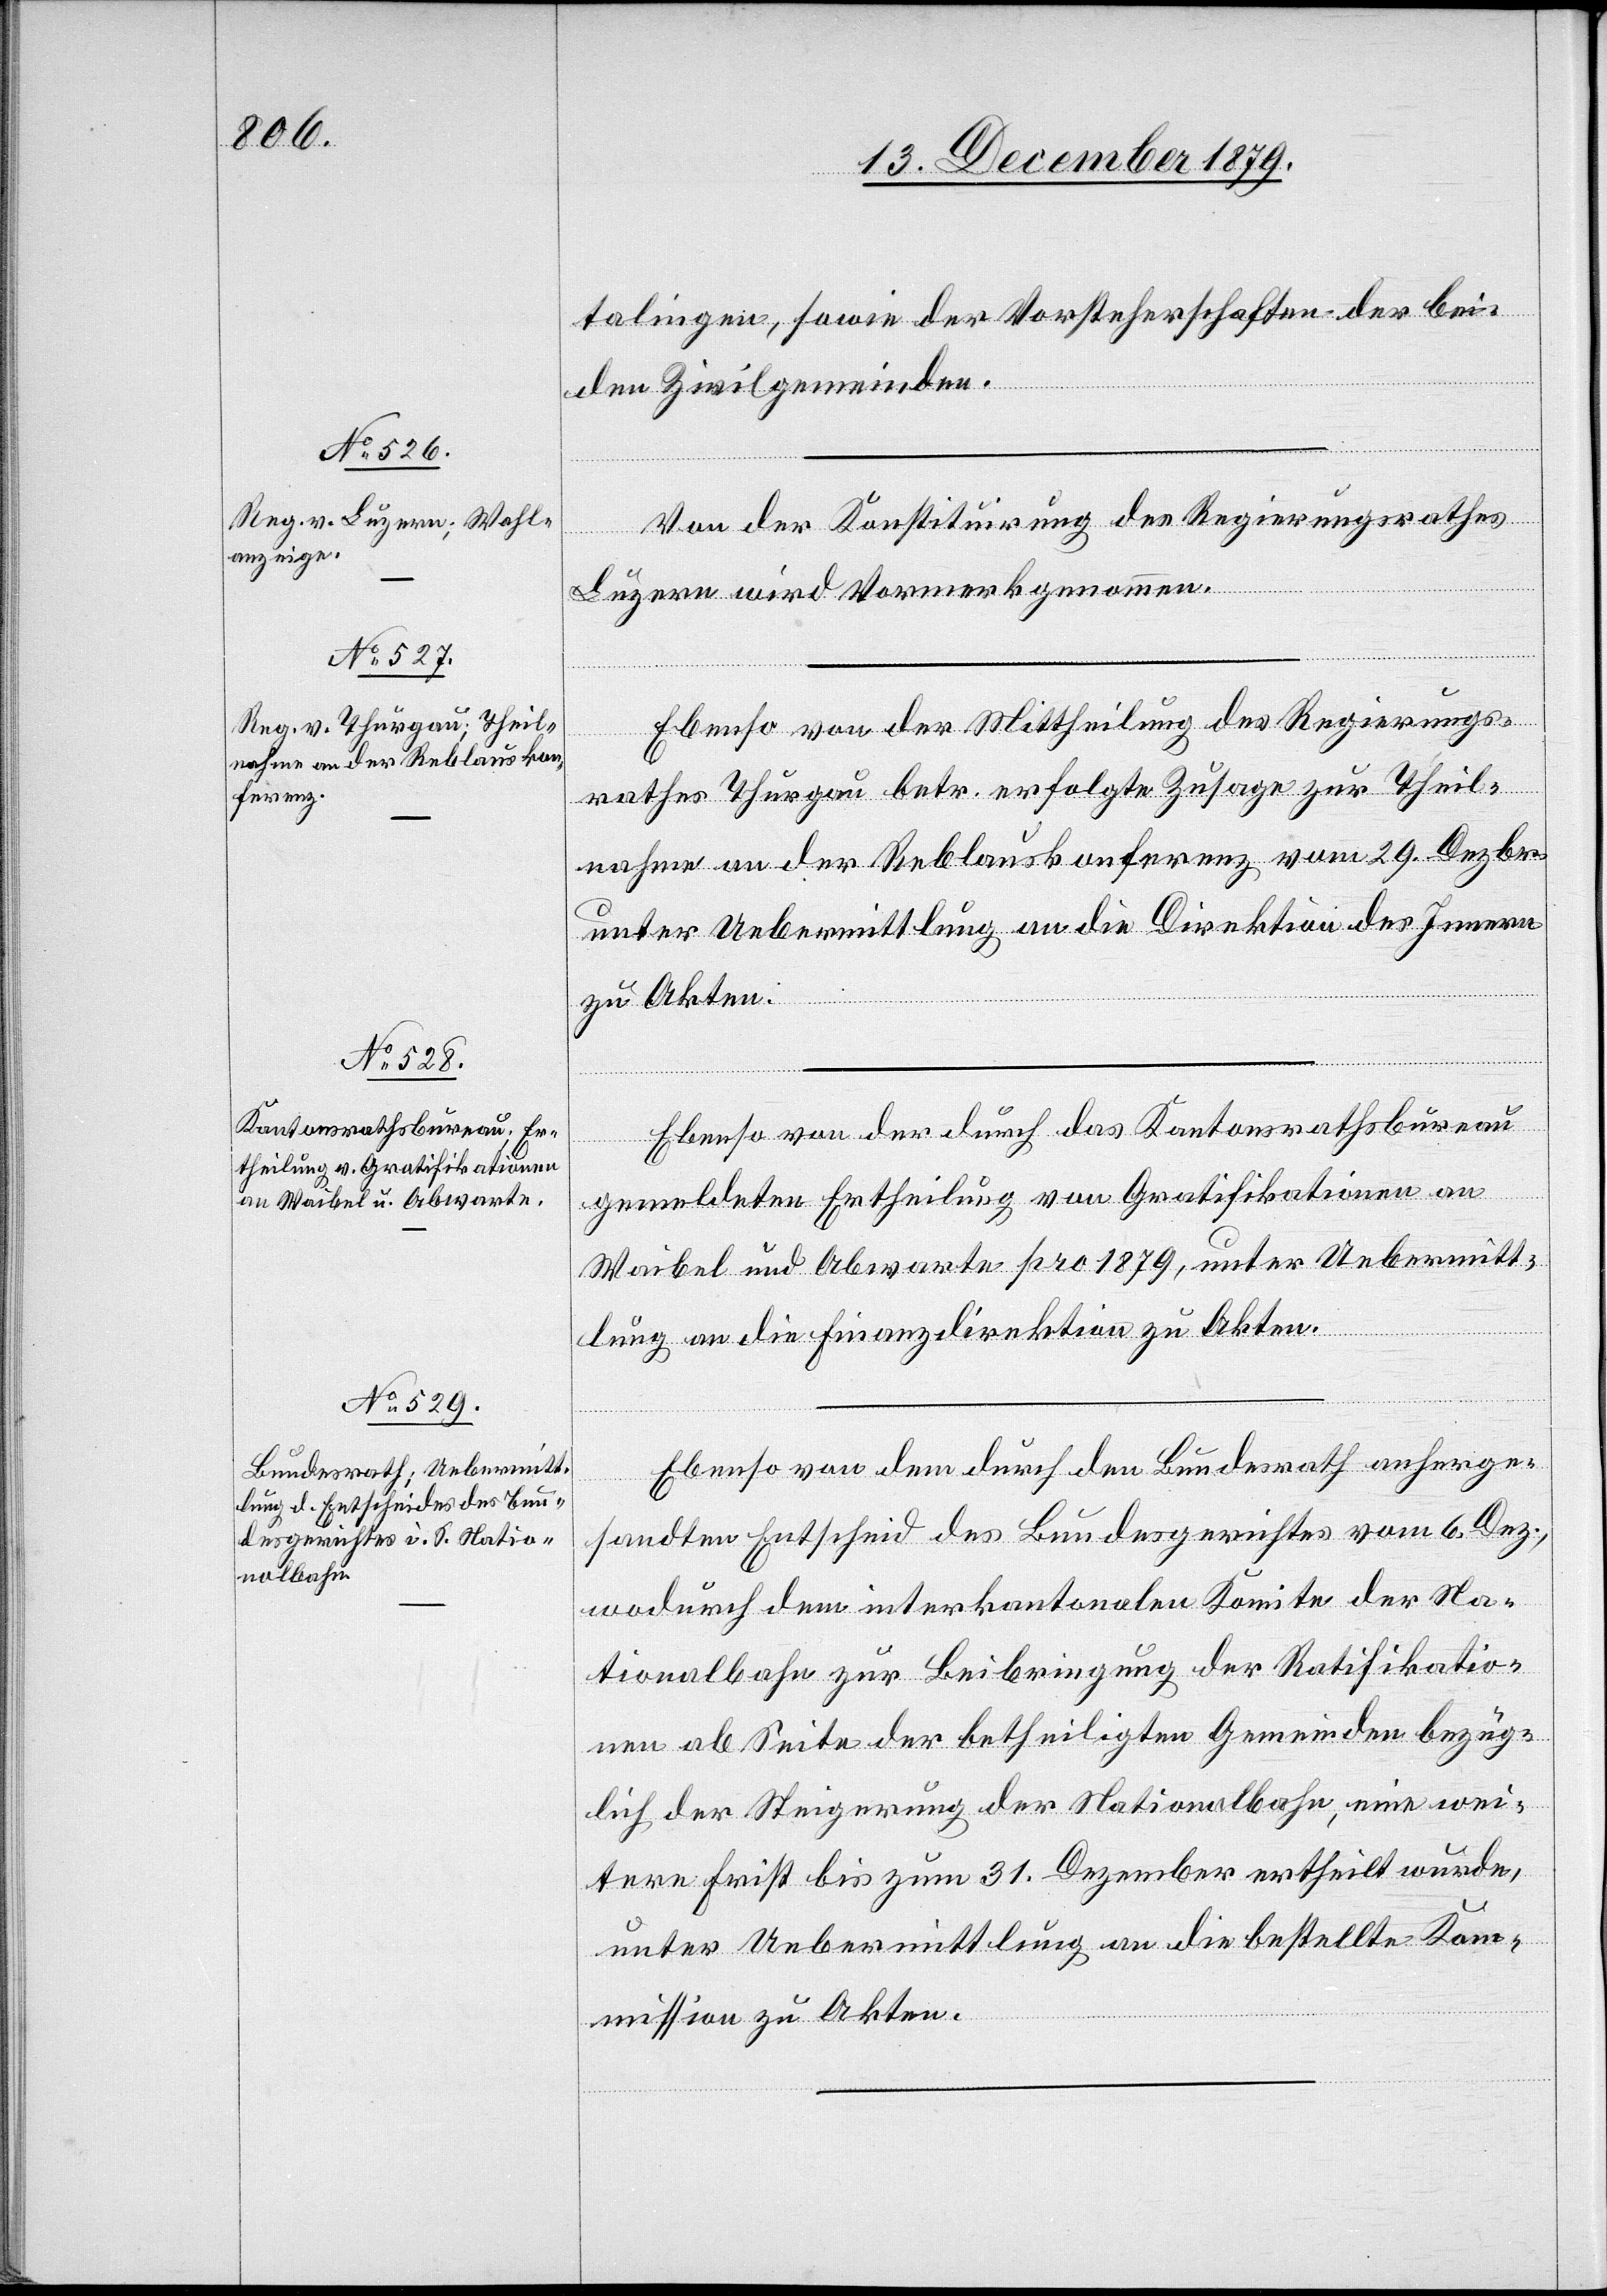
talingen, sowie der Vorsteherschaften der bei¬
den Zivilgemeinden.
Von der Konstituirung des Regierungsrathes
Luzern wird Vormerk genommen.
Ebenso von der Mittheilung des Regierungs¬
rathes Thurgau betr. erfolgte Zusage zur Theil¬
name an der Reblauskonferenz vom 29. Dezbr.
unter Uebermittlung an die Direktion des Innern
zu Akten.
Ebenso von der durch das Kantonsrathsbureau
gemeldeten Ertheilung von Gratifikationen an
Waibel und Abwarte pro 1879, unter Uebermitt¬
lung an die Finanzdirektion zu Akten.
Ebenso von dem durch den Bundesrath anherge¬
sandten Entscheid des Bundesgerichtes vom 6. Dez.,
wodurch dem interkantonalen Komitee der Na¬
tionalbahn zur Beibringung der Ratifikatio¬
nen ab Seite der betheiligten Gemeinden bezüg¬
lich der Steigerung der Nationalbahn, eine wei¬
tere Frist bis zum 31. Dezember ertheilt wurde,
unter Uebermittlung an die bestellte Kom¬
mission zu Akten.